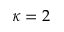
\kappa = 2